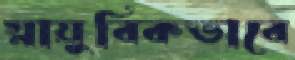
স্নায়ুবিকভাবে